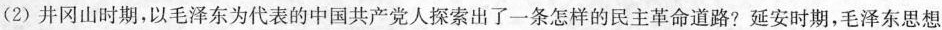
(2) 井冈山时期，以毛泽东为代表的中国共产党人探索出了一条怎样的民主革命道路?延安时期，毛泽东思想